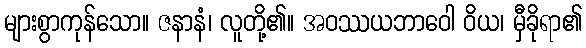
များစွာကုန်သော။ ဇနာနံ၊ လူတို့၏။ အဝဿယဘာဝေါ ဝိယ၊ မှီခိုရာ၏